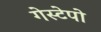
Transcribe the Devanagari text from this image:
गेस्टेपो